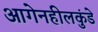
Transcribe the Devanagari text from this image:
आगेनहीलकुंडे